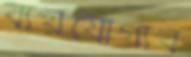
ব্যয়যোগ্যব